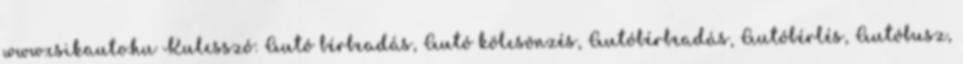
www.csikauto.hu Kulcsszó: Autó bérbeadás, Autó kölcsönzés, Autóbérbeadás, Autóbérlés, Autóbusz,